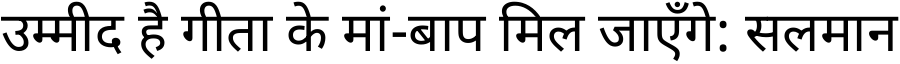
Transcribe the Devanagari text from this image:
उम्मीद है गीता के मां-बाप मिल जाएँगे: सलमान